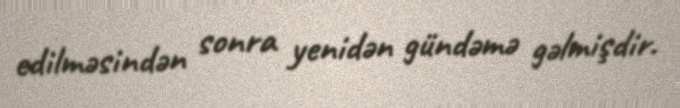
edilməsindən sonra yenidən gündəmə gəlmişdir.